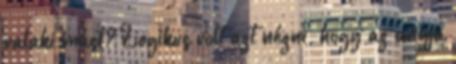
valaki mást? Logikus volt azt nézni, hogy az anyja